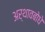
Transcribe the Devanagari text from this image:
अर्थावबोधे